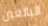
البالغين